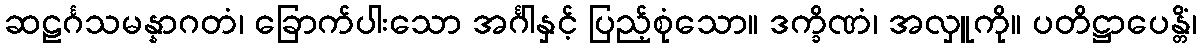
ဆဠင်္ဂသမန္နာဂတံ၊ ခြောက်ပါးသော အင်္ဂါနှင့် ပြည့်စုံသော။ ဒက္ခိဏံ၊ အလှူကို။ ပတိဋ္ဌာပေန္တိံ၊